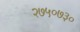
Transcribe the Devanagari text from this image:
२७५०७३०